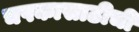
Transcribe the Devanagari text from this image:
चषकासाठीची